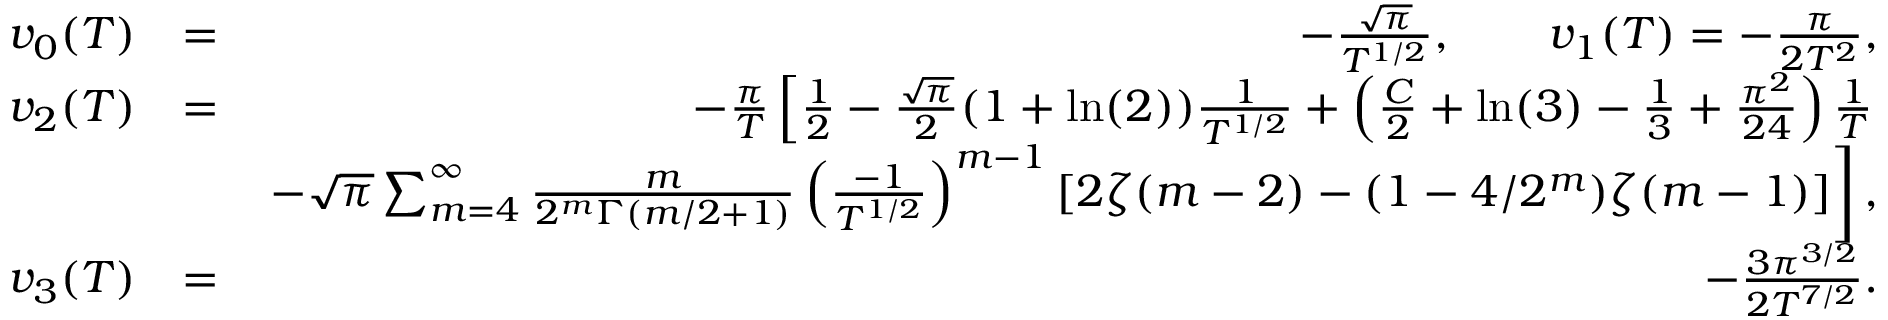
\begin{array} { r l r } { v _ { 0 } ( T ) } & { = } & { - \frac { \sqrt { \pi } } { T ^ { 1 / 2 } } , \qquad v _ { 1 } ( T ) = - \frac { \pi } { 2 T ^ { 2 } } , } \\ { v _ { 2 } ( T ) } & { = } & { - \frac { \pi } { T } \left[ \frac { 1 } { 2 } - \frac { \sqrt { \pi } } { 2 } ( 1 + \ln ( 2 ) ) \frac { 1 } { T ^ { 1 / 2 } } + \left( \frac { C } { 2 } + \ln ( 3 ) - \frac { 1 } { 3 } + \frac { \pi ^ { 2 } } { 2 4 } \right) \frac { 1 } { T } \right. } \\ & { } & { \left. - \sqrt { \pi } \sum _ { m = 4 } ^ { \infty } \frac { m } { 2 ^ { m } \Gamma ( m / 2 + 1 ) } \left( \frac { - 1 } { T ^ { 1 / 2 } } \right) ^ { m - 1 } [ 2 \zeta ( m - 2 ) - ( 1 - 4 / 2 ^ { m } ) \zeta ( m - 1 ) ] \right] , } \\ { v _ { 3 } ( T ) } & { = } & { - \frac { 3 \pi ^ { 3 / 2 } } { 2 T ^ { 7 / 2 } } . } \end{array}